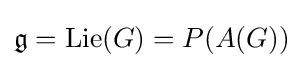
{\mathfrak {g}}=\operatorname {Lie} (G)=P(A(G))